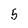
Character: 5